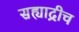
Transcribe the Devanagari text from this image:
सह्याद्रीच